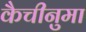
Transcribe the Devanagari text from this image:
कैचीनुमा